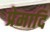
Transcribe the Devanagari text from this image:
प्रेमादि